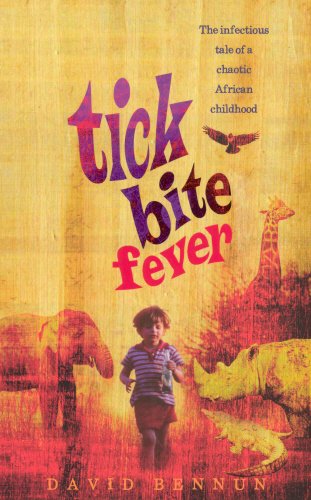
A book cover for Tick Bite Fever; David Bennun; Travel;